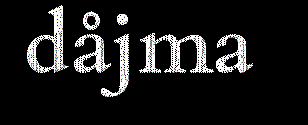
dåjma